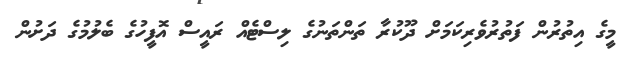
މީގެ އިތުރުން ފަތުރުވެރިކަަމަށް ދޫކުރާ ތަންތަނުގެ ލިސްޓެއް ރައީސް އޮފީހުގެ ބެލުމުގެ ދަށުން